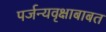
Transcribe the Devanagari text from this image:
पर्जन्यवृक्षाबाबत